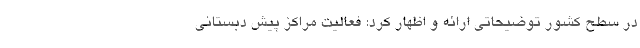
در سطح کشور توضیحاتی ارائه و اظهار کرد: فعالیت مراکز پیش دبستانی